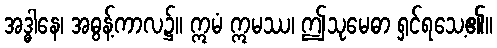
အဒ္ဓါနေ၊ အဓွန့်ကာလ၌။ ဣမံ ဣမဿ၊ ဤသုမေဓာ ရှင်ရသေ့၏။